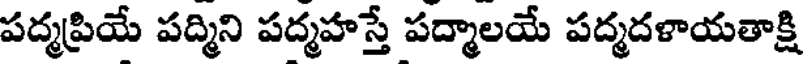
పద్మప్రియే పద్మిని పద్మహస్తే పద్మాలయే పద్మదళాయతాక్షి